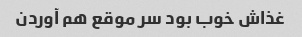
غذاش خوب بود سر موقع هم آوردن